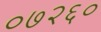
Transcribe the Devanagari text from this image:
०७२६०